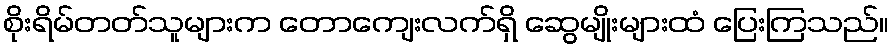
စိုးရိမ်တတ်သူများက တောကျေးလက်ရှိ ဆွေမျိုးများထံ ပြေးကြသည်။